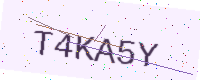
Text: T4KA5Y